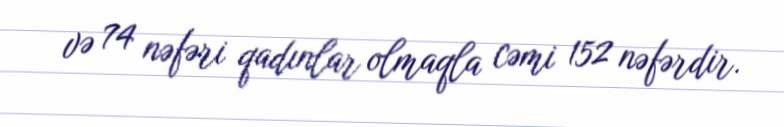
və 74 nəfəri qadınlar olmaqla cəmi 152 nəfərdir.